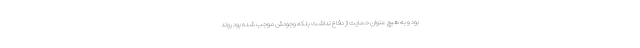
بود و به هیچ عنوان حمایت از دفاع نداشت بلکه وجودش موجب شده بود روند